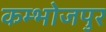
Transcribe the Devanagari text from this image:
कम्भोजपुर